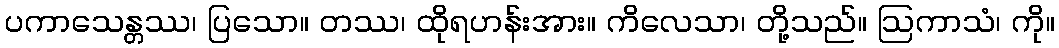
ပကာသေန္တဿ၊ ပြသော။ တဿ၊ ထိုရဟန်းအား။ ကိလေသာ၊ တို့သည်။ ဩကာသံ၊ ကို။